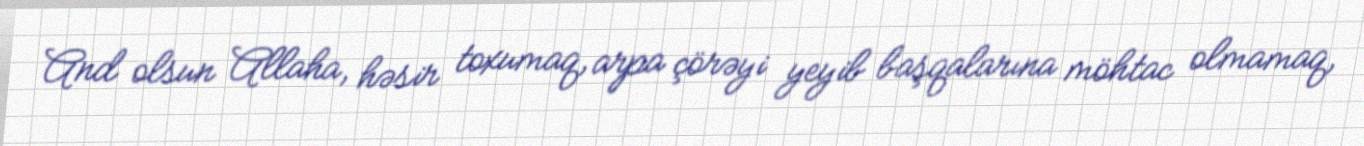
And olsun Allaha, həsir toxumaq, arpa çörəyi yeyib başqalarına möhtac olmamaq,